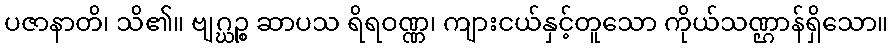
ပဇာနာတိ၊ သိ၏။ ဗျဂ္ဃဉ္စ ဆာပသ ရိရဝဏ္ဏ၊ ကျားငယ်နှင့်တူသော ကိုယ်သဏ္ဌာန်ရှိသော။